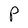
Character: P